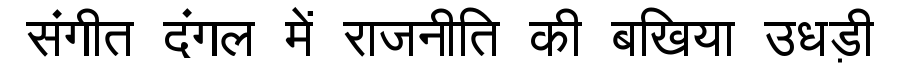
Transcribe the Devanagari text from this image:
संगीत दंगल में राजनीति की बखिया उधड़ी